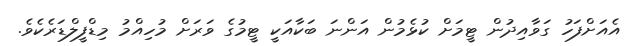
އެއަށްފަހު ގަވާއިދުން ޓީމަށް ކުޅެމުން އަންނަ ބަކާއަކީ ޓީމުގެ ވަރަށް މުހިއްމު މިޑްފީލްޑަރެކެވެ.